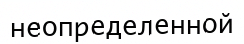
неопределенной